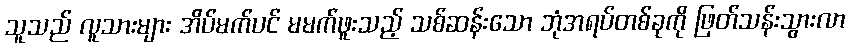
သူသည် လူသားများ အိပ်မက်ပင် မမက်ဖူးသည့် သစ်ဆန်းသော ဘုံအရပ်တစ်ခုကို ဖြတ်သန်းသွားလာ